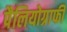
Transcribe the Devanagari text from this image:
पैलियोग्राफी